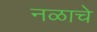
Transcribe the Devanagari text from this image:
नळाचे